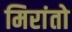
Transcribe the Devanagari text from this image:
मिरांतो